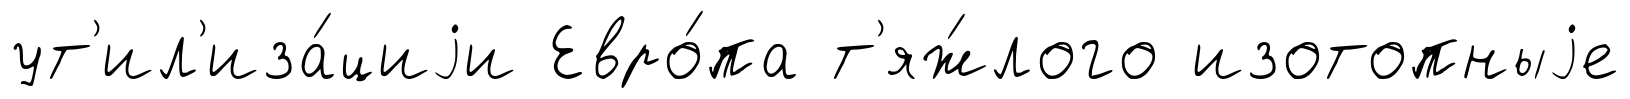
ут'ил'иза́циjи Евро́па т'яж́лого изотопныjе